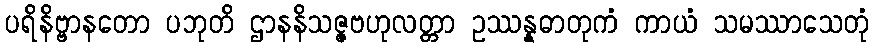
ပရိနိဗ္ဗာနတော ပဘုတိ ဌာနနိသဇ္ဇဗဟုလတ္တာ ဥဿန္နဓာတုကံ ကာယံ သမဿာသေတုံ